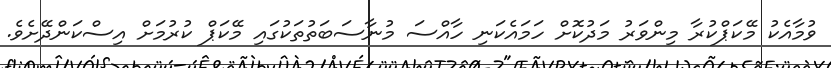
ވުމާއެކު މޭކަޕްކުރާ މިންވަރު މަދުކޮށް ހަމައެކަނި ހާއްސަ މުނާސަބަތުތަކުގައި މޭކަޕް ކުރުމަށް އިސްކަންދޭށެވެ.